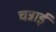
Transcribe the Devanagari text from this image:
चन्नाई